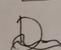
Signature authenticity: forged